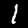
Digit: 1